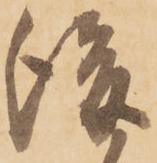
後